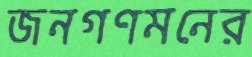
জনগণমনের